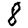
Digit: 8